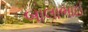
બાલાભાઈ